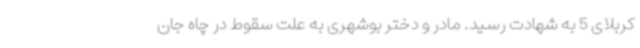
کربلای 5 به شهادت رسید. مادر و دختر بوشهری به علت سقوط در چاه جان